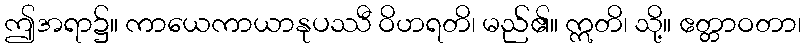
ဤအရာ၌။ ကာယေကာယာနုပဿီ ဝိဟရတိ၊ မည်၏။ ဣတိ၊ သို့။ ဧတ္တာဝတာ၊